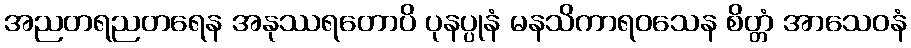
အညတရညတရေန အနုဿရတောပိ ပုနပ္ပုနံ မနသိကာရဝသေန စိတ္တံ အာသေဝနံ